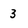
Character: 3